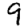
Digit: 9